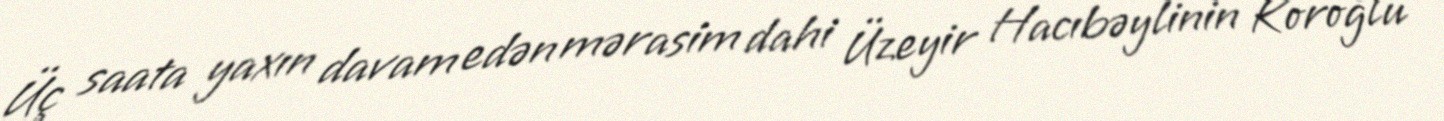
Üç saata yaxın davam edən mərasim dahi Üzeyir Hacıbəylinin Koroğlu